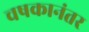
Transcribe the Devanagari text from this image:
चषकानंतर